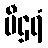
ပီဌရံ